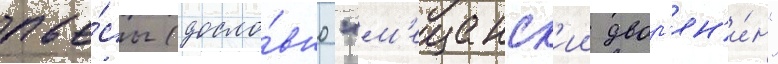
пье́сы (досло́вно "м'ещанск'ии двор'ян'и́н"